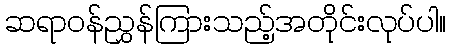
ဆရာဝန်ညွှန်ကြားသည့်အတိုင်းလုပ်ပါ။